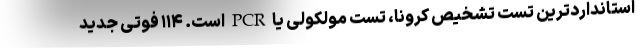
استانداردترین تست تشخیص کرونا، تست مولکولی یا PCR است. ۱۱۴ فوتی جدید